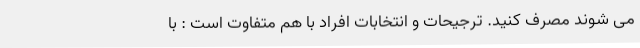
می شوند مصرف کنید. ترجیحات و انتخابات افراد با هم متفاوت است : با